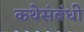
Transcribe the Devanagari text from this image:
कथेसंबंधी